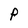
Character: P